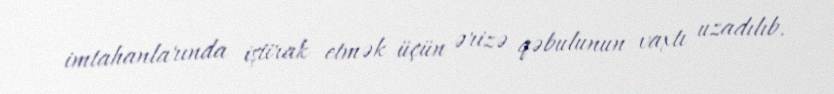
imtahanlarında iştirak etmək üçün ərizə qəbulunun vaxtı uzadılıb.